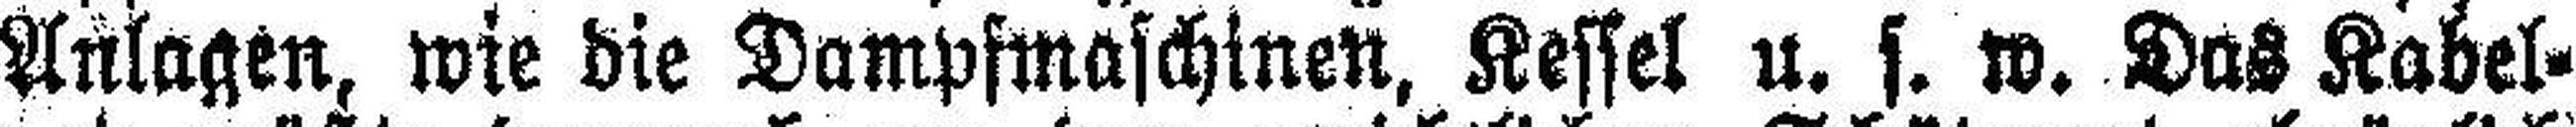
Anlagen, wie die Dampfmaschinen, Kessel u. s. w. Das Kabel¬